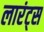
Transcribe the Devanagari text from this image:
लारंट्स